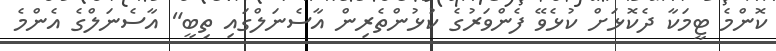
ކޮންމެ ޓީމަކާ ދެކޮޅަށް ކުޅެވޭ ފެންވަރުގެ ކުޅުންތެރިން އާސެނަލްގައި ތިބީ" އާސެނަލްގެ އެންމެ